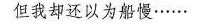
但我却还以为船慢……